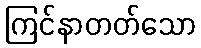
ကြင်နာတတ်သော